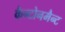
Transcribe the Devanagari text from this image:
कैन्टोनमैन्ट